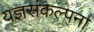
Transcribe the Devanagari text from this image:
यज्ञसंकल्पना